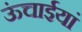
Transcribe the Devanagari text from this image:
ऊंचाईयां